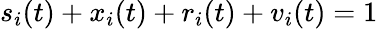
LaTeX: s_{i}(t)+x_{i}(t)+r_{i}(t)+v_{i}(t)=1